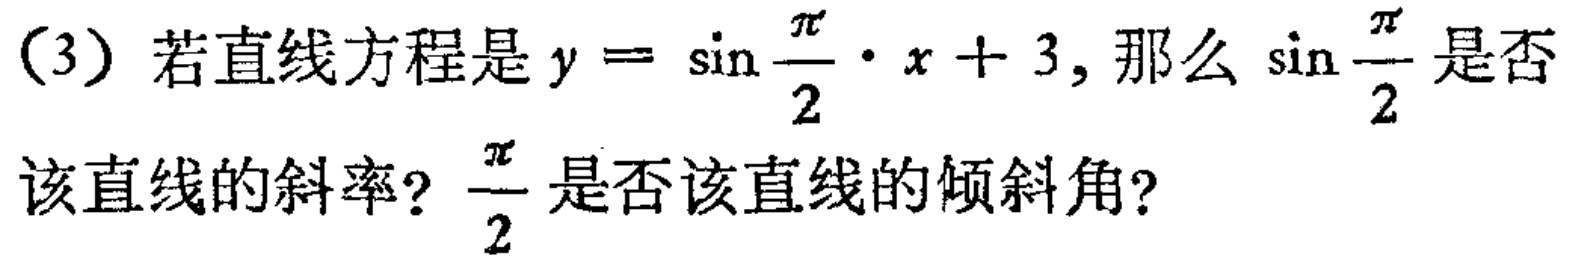
（3）若直线方程是\(y = \sin\frac{\pi}{2} \cdot x + 3\)，那么\(\sin\frac{\pi}{2}\)是否
该直线的斜率？\(\frac{\pi}{2}\)是否该直线的倾斜角？